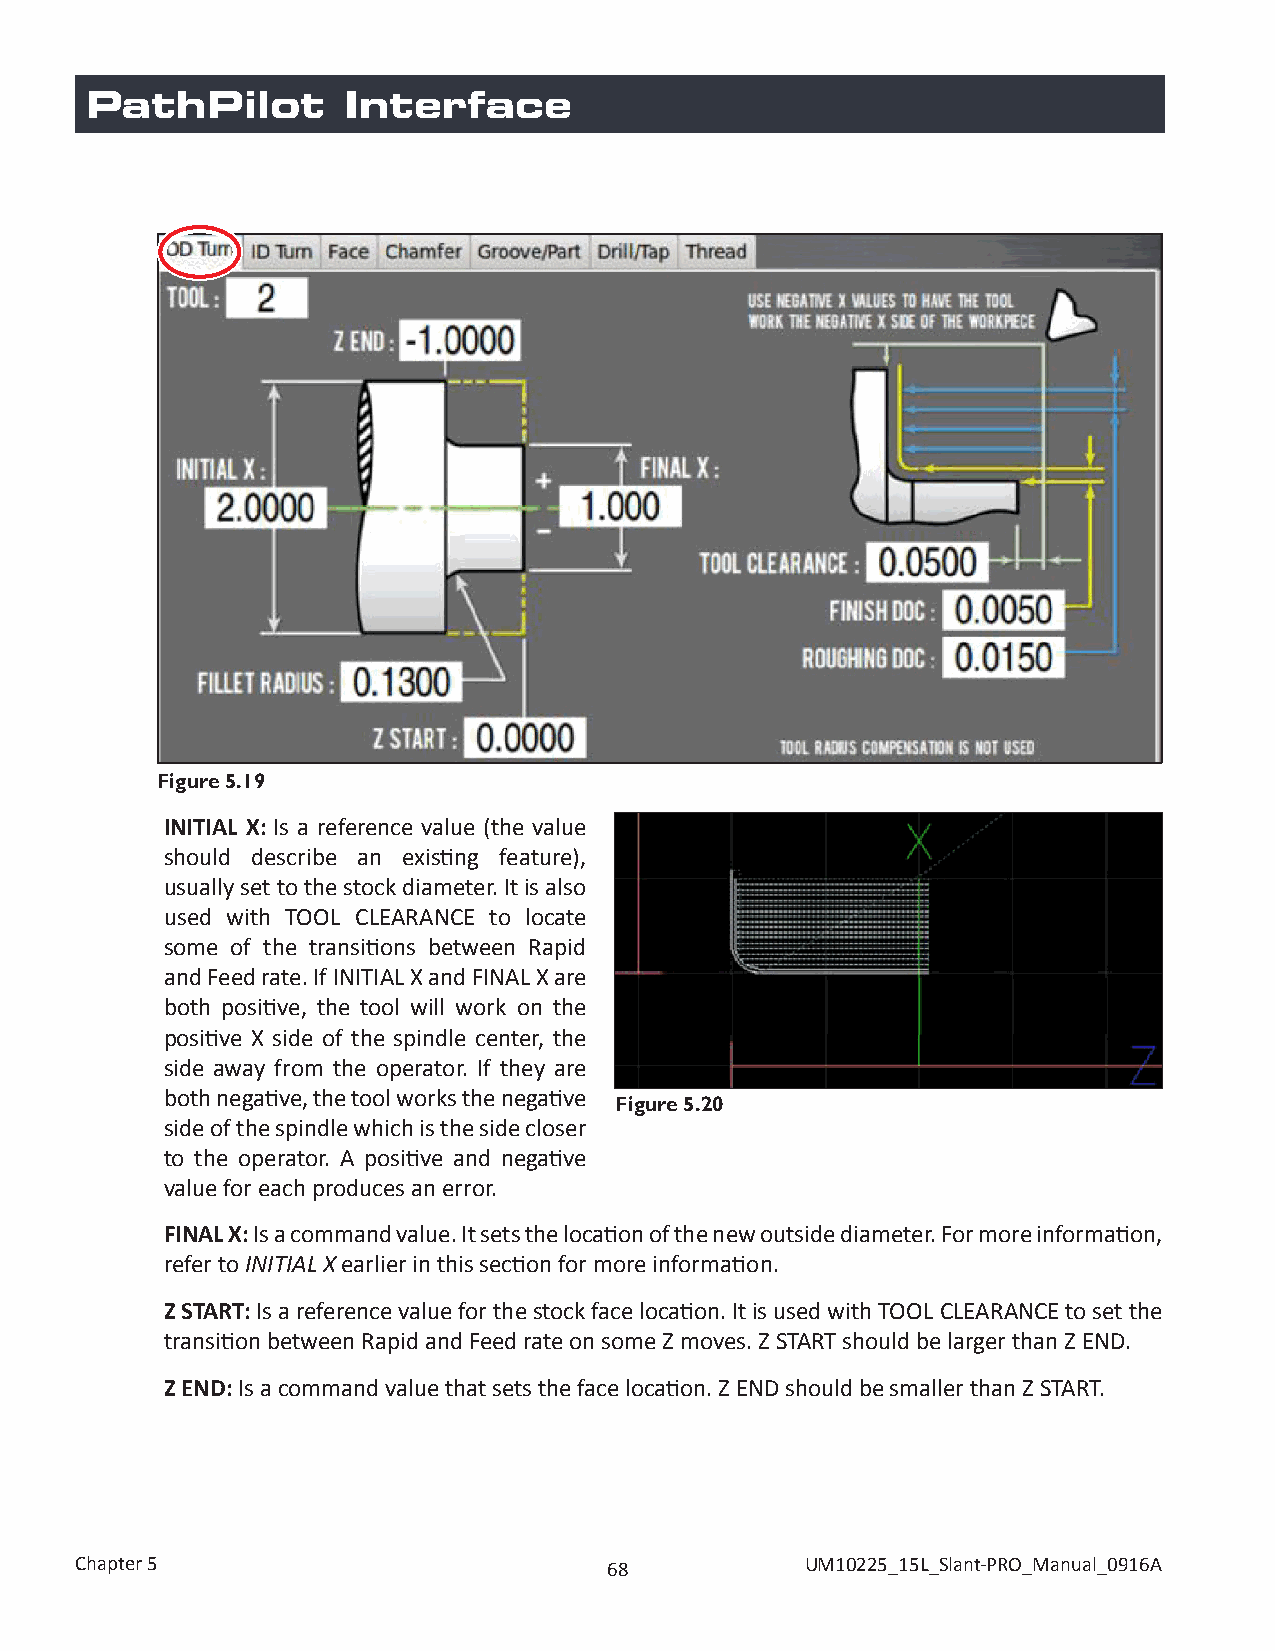
PathPilot        Interface
 Figure 5.19
 INITIAL X: Is a reference value (the value
 should describe an existing feature),
 usually set to the stock diameter. It is also
 used with TOOL CLEARANCE to locate
 some of the transitions between Rapid
 and Feed rate. If INITIAL X and FINAL X are
 both positive, the tool will work on the
 positive X side of the spindle center, the
 side away from the operator. If they are
 both negative, the tool works the negative
 Figure 5.20
 side of the spindle which is the side closer
 to the operator. A positive and negative
 value for each produces an error.
 FINAL X: Is a command value. It sets the location of the new outside diameter. For more information,
 refer to INITIAL X earlier in this section for more information.
 Z START: Is a reference value for the stock face location. It is used with TOOL CLEARANCE to set the
 transition between Rapid and Feed rate on some Z moves. Z START should be larger than Z END.
 Z END: Is a command value that sets the face location. Z END should be smaller than Z START.
 Chapter 5                          68           UM10225_15L_Slant-PRO_Manual_0916A